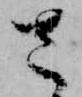
さ